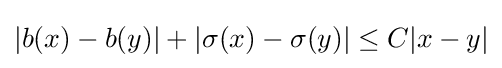
|b(x)-b(y)|+|\sigma (x)-\sigma (y)|\leq C|x-y|